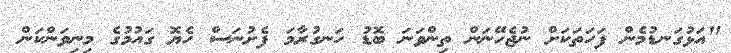
"އަޅުގަނޑުމެން ފަހަތަކަށް ނުޖެހޭނަން ތިންވަނަ ބޮޑު ހަނގުރާމަ ފެށުނަސް ހެޔޮ ގައުމުގެ މިނިވަންކަން